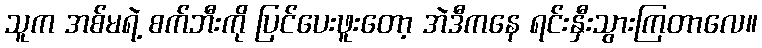
သူက အစ်မရဲ့ စက်ဘီးကို ပြင်ပေးဖူးတော့ အဲဒီကနေ ရင်းနှီးသွားကြတာလေ။